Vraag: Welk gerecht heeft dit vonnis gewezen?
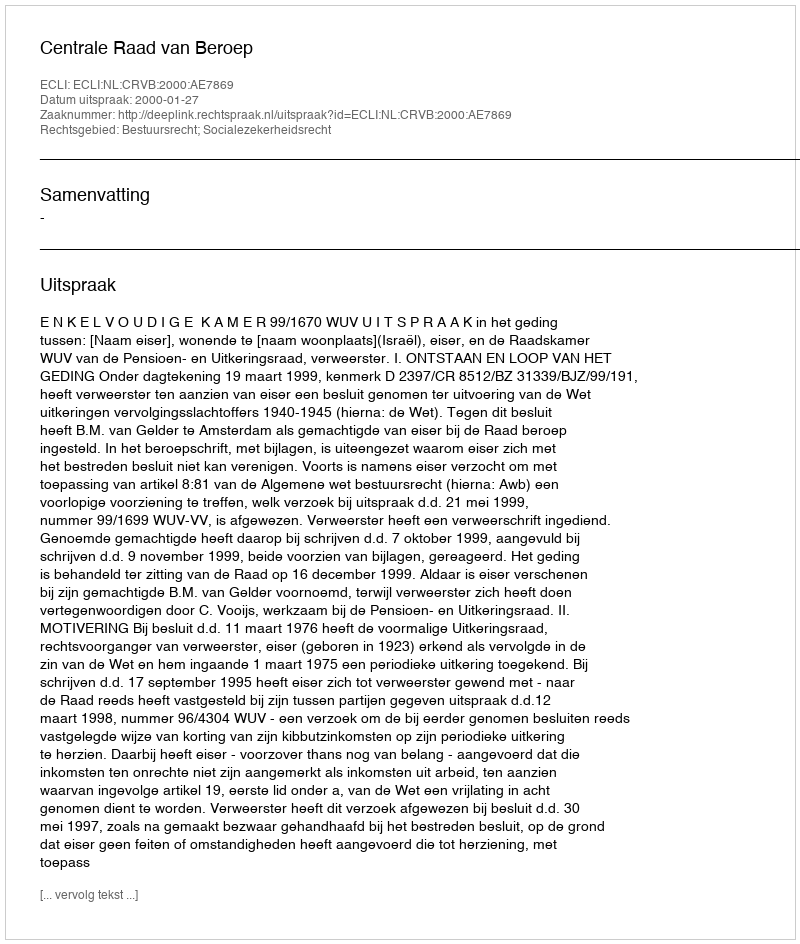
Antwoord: Centrale Raad van Beroep